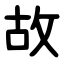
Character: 故